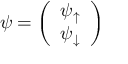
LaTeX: \psi = { \left( \begin{array} { l } { \psi _ { \uparrow } } \\ { \psi _ { \downarrow } } \end{array} \right) }